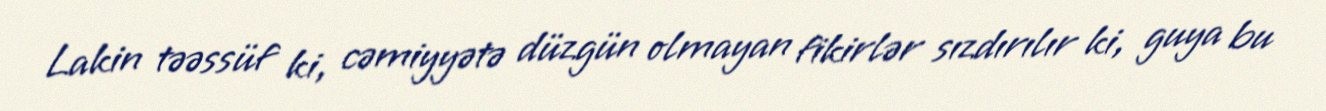
Lakin təəssüf ki, cəmiyyətə düzgün olmayan fikirlər sızdırılır ki, guya bu